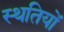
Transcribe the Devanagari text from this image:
स्थतियों